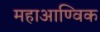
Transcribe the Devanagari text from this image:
महाआण्विक